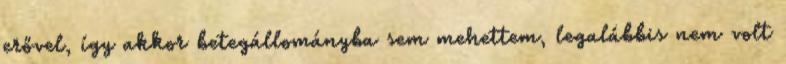
erővel, így akkor be­tegállo­mányba sem mehettem, legalábbis nem volt